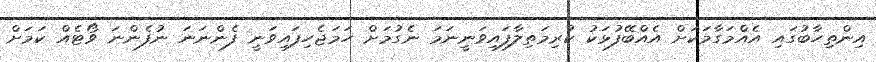
އިންތިހާބުގައި އެއްމަގާމަކަށް އެއްބޭފުޅަކު ކުރިމަތިލާފައިވަނީނަމަ ނެގުމަށް ހަމަޖެހިފައިވަނީ ފެންނަނަ ނުފެންނަ ވޯޓެއް ކަމަށް